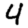
Digit: 4